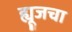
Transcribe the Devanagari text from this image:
ह्यूजचा